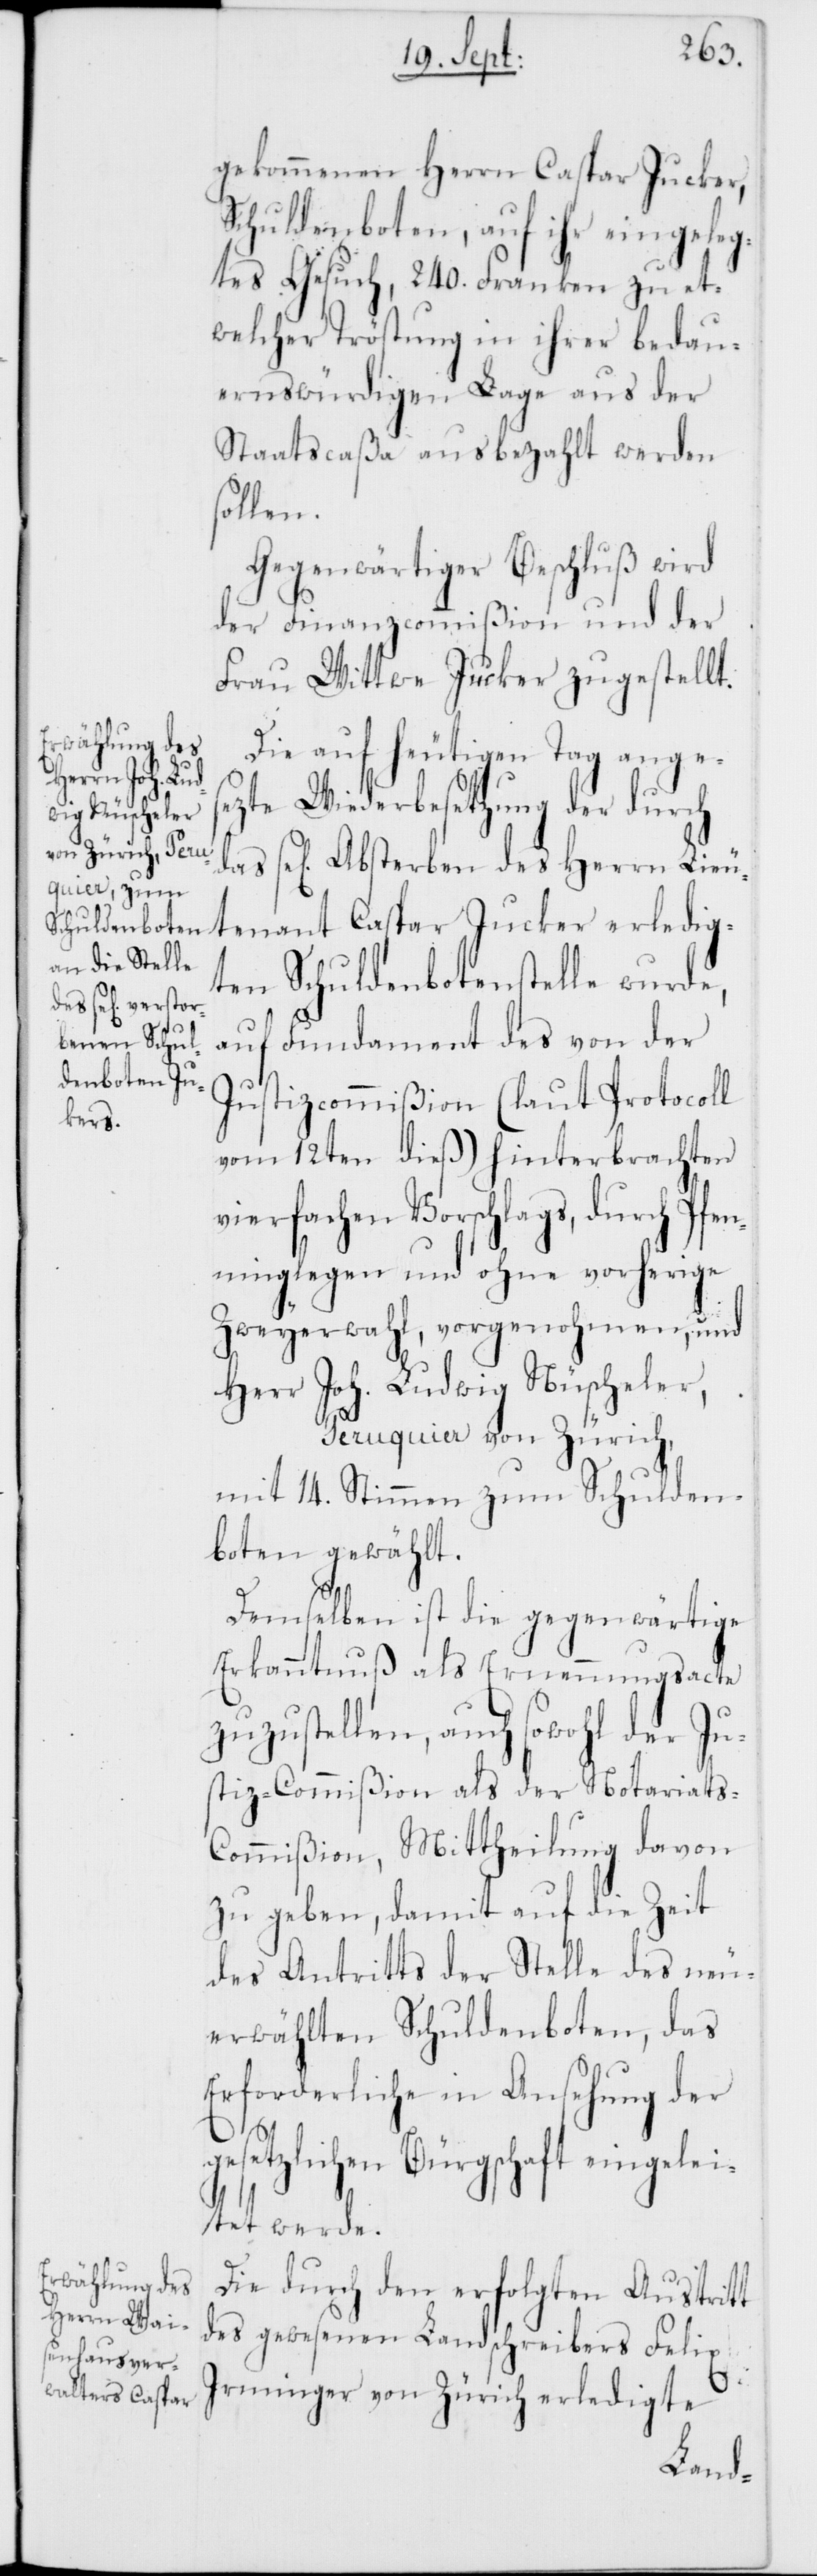
gekommenen Herrn Caspar Jucker,
Schuldenboten, auf ihr eingeleg¬
tes Gesuch, 240. Franken zu et¬
welcher Tröstung in ihrer bedau¬
ernswürdigen Lage aus der
Staatscaßa ausbezahlt werden
sollen.
Gegenwärtiger Beschluß wird
der Finanzcommißion und der
Frau Wittwe Jucker zugestellt.
Die auf heutigen Tag anges¬
ezte Wiederbesetzung der durch
sel[ige] Absterben des Herrn Lieu¬
tenant Caspar Jucker erledig¬
ten Schuldenbotenstelle wurde,
auf Fundament des von der
Justizcommißion (laut Protocoll
vom 12ten dieß) hinterbrachten
vierfachen Vorschlags, durch Pfen¬
ninglegen und ohne vorherige
Zweyerwahl, vorgenohmen, und
Herr Joh. Ludwig Nüscheler,
Peruquier von Zürich,
mit 14. Stimmen zum Schulden¬
boten gewählt.
Demselben ist die gegenwärtige
Erkanntnuß als Ernennungsacte
zuzustellen, auch sowohl der Ju¬
stiz-Commißion als der Notariats-C¬
ommißion, Mittheilung davon
zu geben, damit auf die Zeit
des Antritts der Stelle des neu¬
erwählten Schuldenboten, das
Erforderliche in Ansehung der
gesetzlichen Bürgschaft eingelei¬
tet werde.
Die durch den erfolgten Austritt
des gewesenen Landschreibers Felix
Irminger von Zürich erledigte